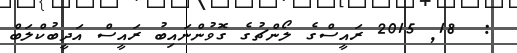
:  18